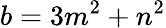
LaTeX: b=3m^{2}+n^{2}